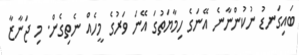
ބައިގަނޑު ނުކުންނާނެ އޭނަގެ ހިމާޔަތުގަ އޭނަ ވަރުގެ މީހެއް ނެތިގެން. މި ޖަނާޒާ